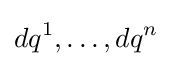
dq^{1},\ldots ,dq^{n}